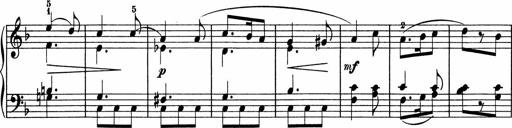
Title: 5 Sonatinen fÃ¼r die Jugend
Composer: Carl Reinecke